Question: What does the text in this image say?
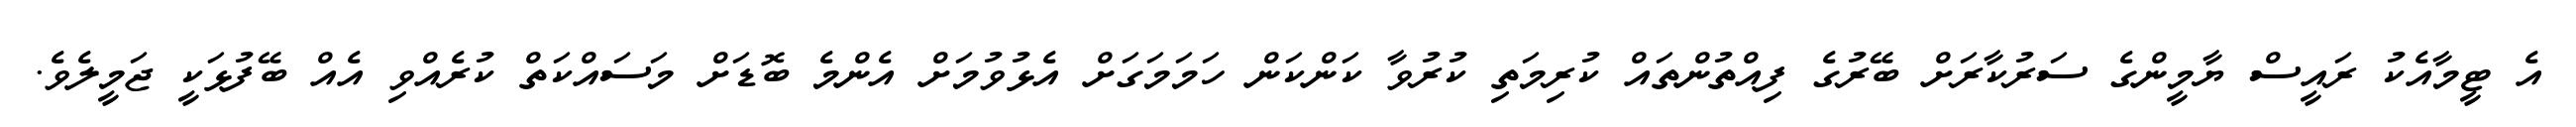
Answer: އެ ޓީމާއެކު ރައީސް ޔާމީންގެ ސަރުކާރަށް ބޭރުގެ ފިއްތުންތައް ކުރިމަތި ކުރުވާ ކަންކަން ހަމަމަގަށް އެޅުވުމަށް އެންމެ ބޮޑަށް މަސައްކަތް ކުރެއްވި އެއް ބޭފުޅަކީ ޖަމީލެވެ.